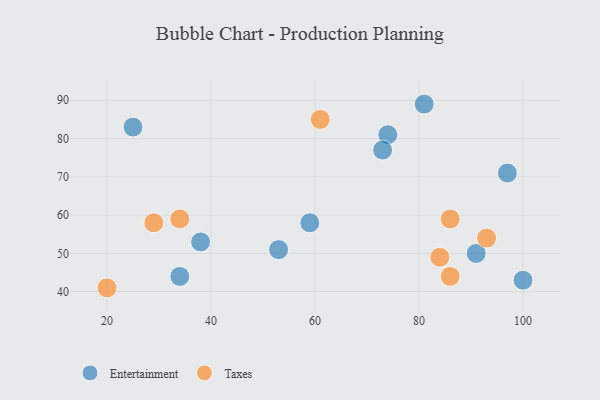
{"axis": {"x": "GDP", "y": "Life Expectancy"}, "legend": ["Entertainment", "Taxes"], "data": [{"x": "53", "y": 51, "type": "Entertainment"}, {"x": "25", "y": 83, "type": "Entertainment"}, {"x": "81", "y": 89, "type": "Entertainment"}, {"x": "38", "y": 53, "type": "Entertainment"}, {"x": "100", "y": 43, "type": "Entertainment"}, {"x": "91", "y": 50, "type": "Entertainment"}, {"x": "74", "y": 81, "type": "Entertainment"}, {"x": "73", "y": 77, "type": "Entertainment"}, {"x": "34", "y": 44, "type": "Entertainment"}, {"x": "59", "y": 58, "type": "Entertainment"}, {"x": "97", "y": 71, "type": "Entertainment"}, {"x": "86", "y": 59, "type": "Taxes"}, {"x": "84", "y": 49, "type": "Taxes"}, {"x": "29", "y": 58, "type": "Taxes"}, {"x": "93", "y": 54, "type": "Taxes"}, {"x": "20", "y": 41, "type": "Taxes"}, {"x": "86", "y": 44, "type": "Taxes"}, {"x": "61", "y": 85, "type": "Taxes"}, {"x": "34", "y": 59, "type": "Taxes"}]}